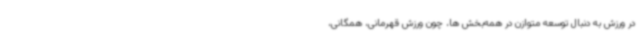
در ورزش به دنبال توسعه متوازن در همه‌بخش ها، چون ورزش قهرمانی، همگانی،